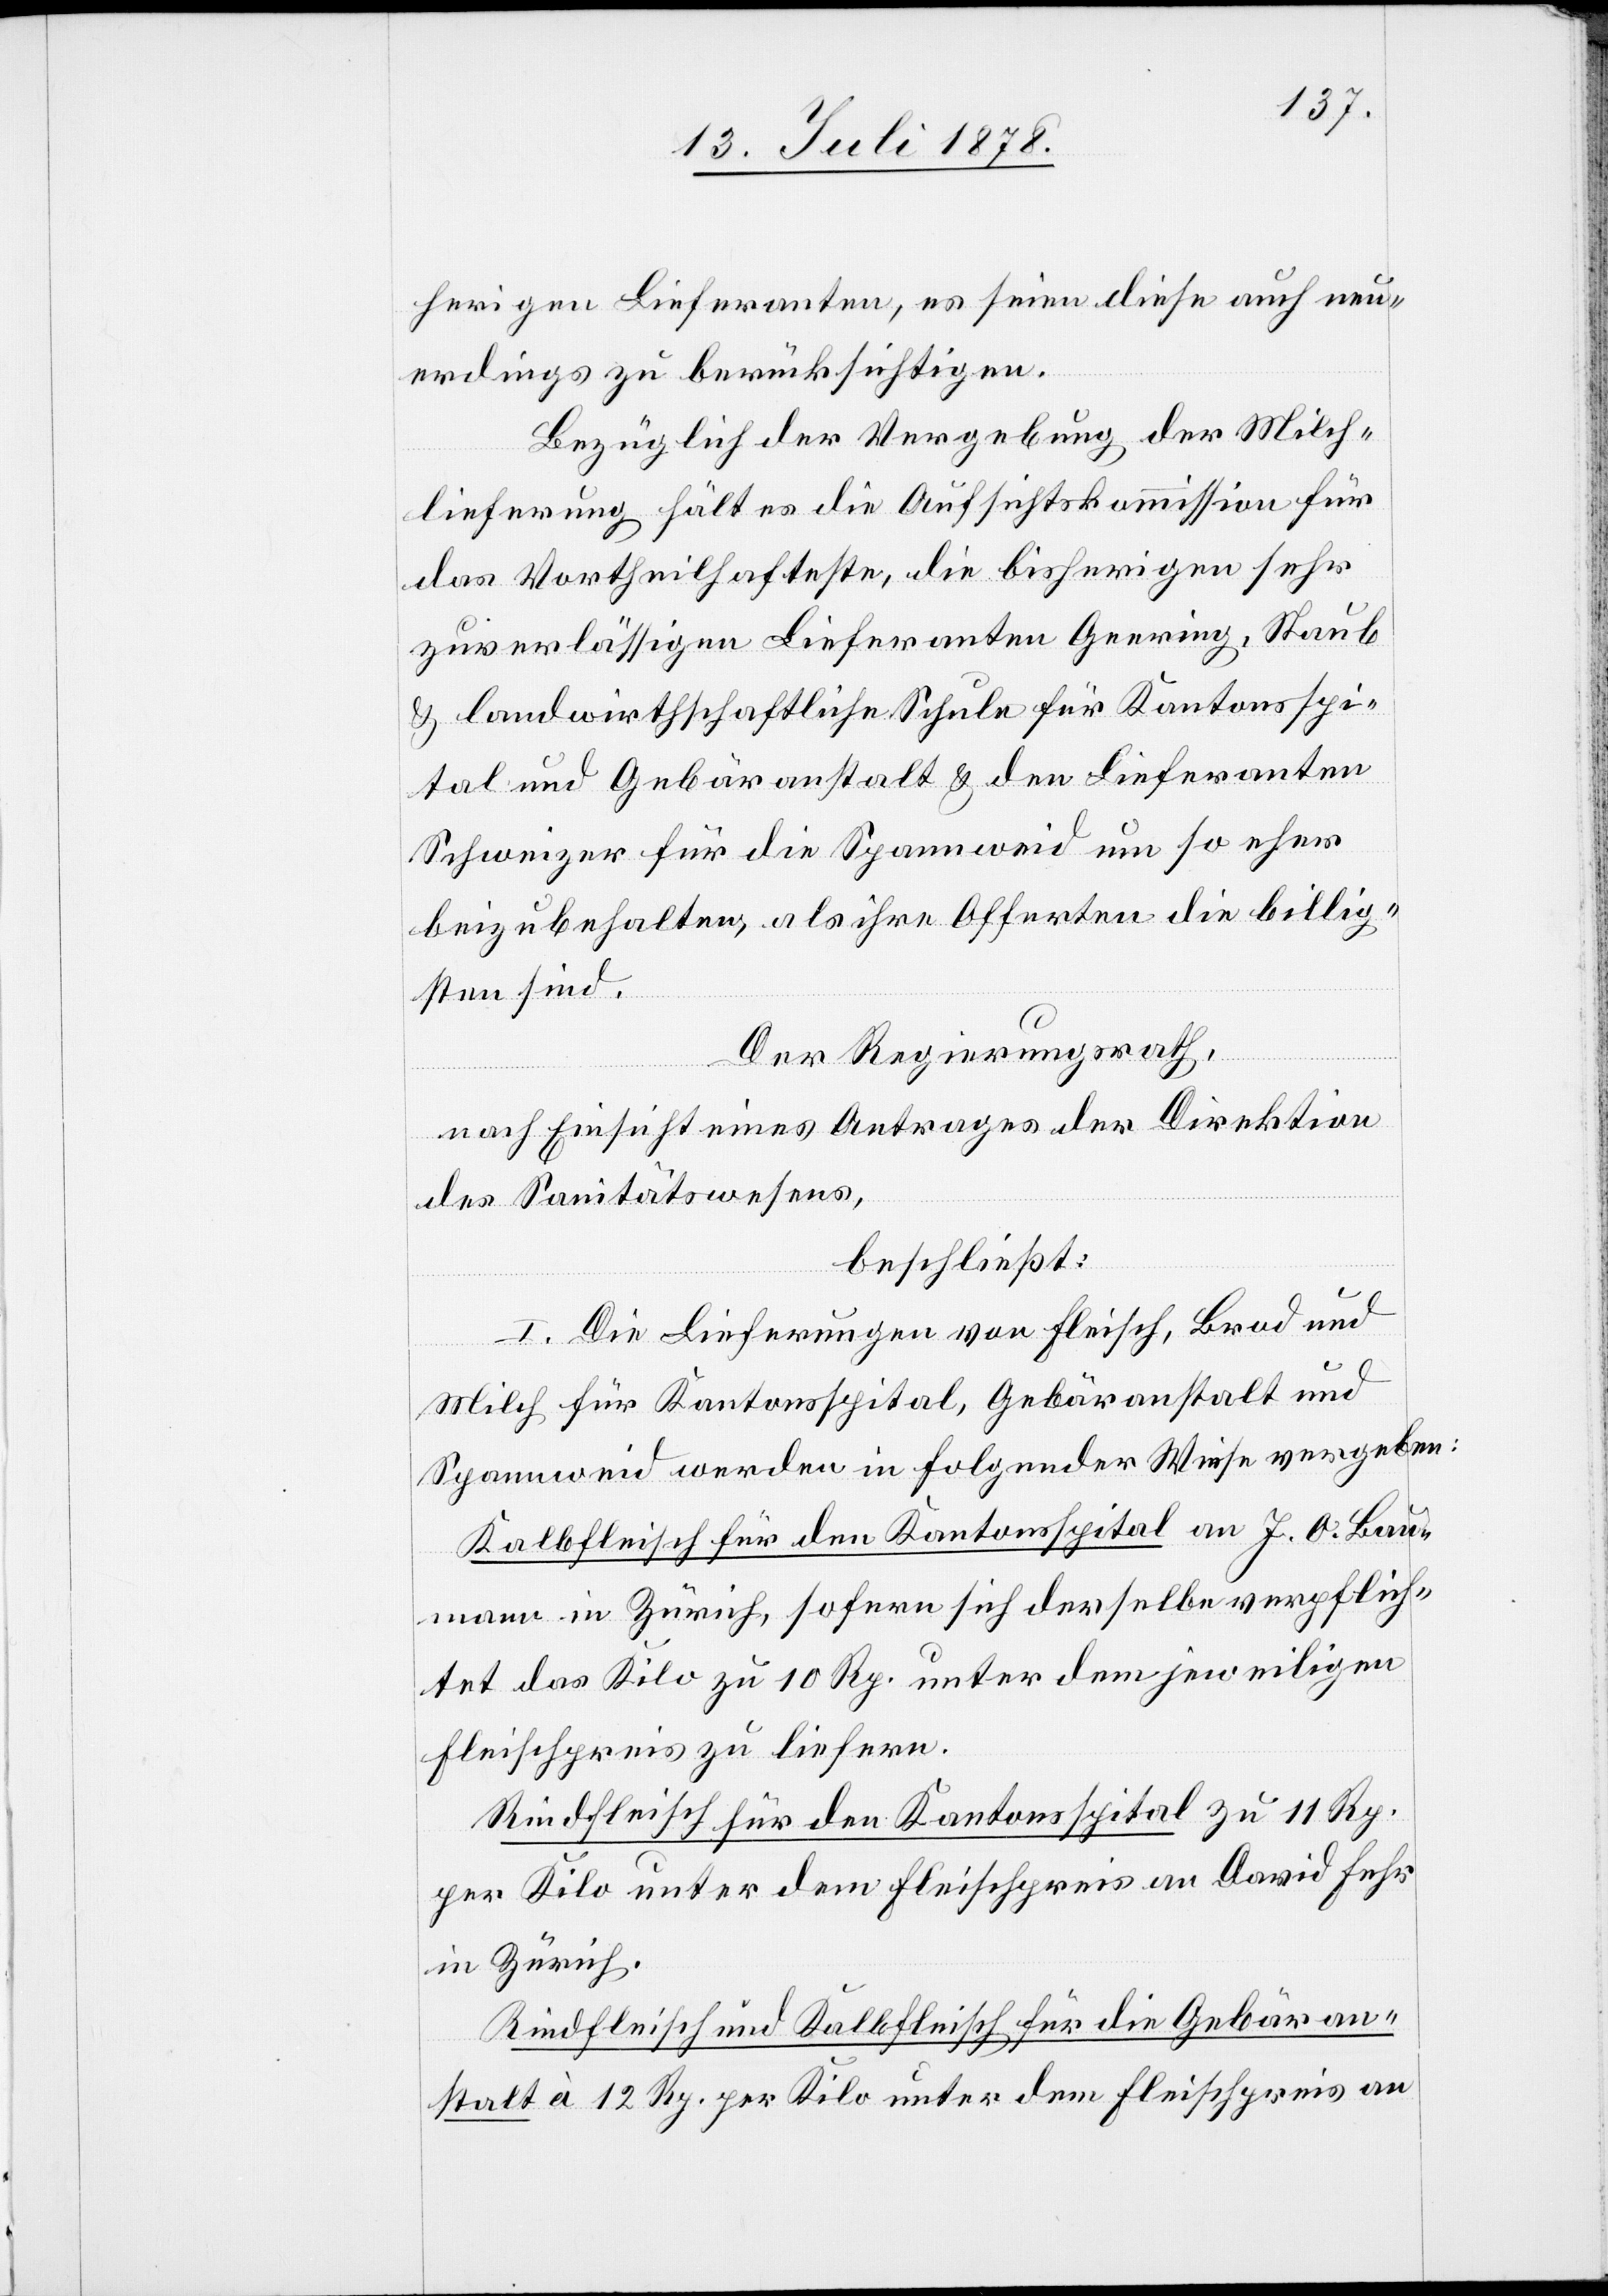
herigen Lieferanten, es seien diese auch neu¬
erdings zu berücksichtigen.
Bezüglich der Vergebung der Milch¬
lieferung hält es die Aufsichtskommission für
das vortheilhafteste, die bisherigen sehr
zuverlässigen Lieferanten Geering, Staub
& landwirtschaftliche Schule für Kantonsspi¬
tal und Gebäranstalt & den Lieferanten
Schweizer für die Spannweid um so eher
beizubehalten, als ihre Offerten die billig¬
sten sind.
Der Regierungsrath,
nach Einsicht eines Antrages der Direktion
des Sanitätswesens,
beschließt:
l. Die Lieferungen von Fleisch, Brod und
Milch für Kantonsspital, Gebäranstalt und
Spannweid werden in folgender Weise vergeben:
Kalbfleisch für den Kantonsspital an J. O. Bau¬
mann in Zürich, sofern sich derselbe verpflich¬
tet das Kilo zu 10 Rp. unter dem jeweiligen
Fleischpreis zu liefern.
Rindfleisch für den Kantonsspital zu 11 Rp.
per Kilo unter dem Fleischpreis an David Fehr
in Zürich.
Rindfleisch und Kalbfleisch für die Gebäran¬
stalt à 12 Rp. per Kilo unter dem Fleischpreis an